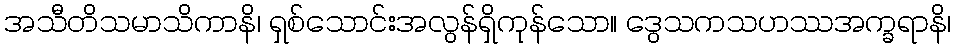
အသီတိသမာသိကာနိ၊ ရှစ်သောင်းအလွန်ရှိကုန်သော။ ဒွေသကသဟဿအက္ခရာနိ၊